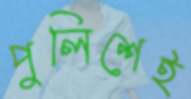
পুলিশেই